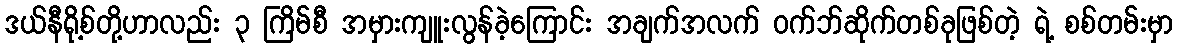
ဒယ်နီရို့စ်တို့ဟာလည်း ၃ ကြိမ်စီ အမှားကျူးလွန်ခဲ့ကြောင်း အချက်အလက် ဝက်ဘ်ဆိုက်တစ်ခုဖြစ်တဲ့ ရဲ့ စစ်တမ်းမှာ